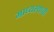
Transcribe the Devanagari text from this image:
माध्यस्थाची